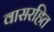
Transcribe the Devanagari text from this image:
वासरहित